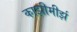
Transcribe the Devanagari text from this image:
काझीमीर्झ